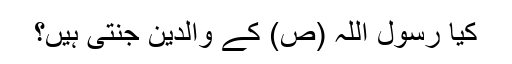
کیا رسول اللہ (ص) کے والدین جنتی ہیں؟